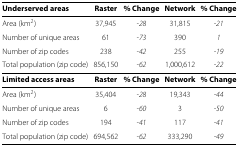
<table><thead><tr><td><b>Underserved areas</b></td><td><b>Raster</b></td><td><b>% Change</b></td><td><b>Network</b></td><td><b>% Change</b></td></tr></thead><tbody><tr><td>Area (km<sup>2</sup>)</td><td>37,945</td><td><i>-28</i></td><td>31,815</td><td><i>-21</i></td></tr><tr><td>Number of unique areas</td><td>61</td><td><i>-73</i></td><td>390</td><td><i>1</i></td></tr><tr><td>Number of zip codes</td><td>238</td><td><i>-42</i></td><td>255</td><td><i>-19</i></td></tr><tr><td>Total population (zip code)</td><td>856,150</td><td><i>-62</i></td><td>1,000,612</td><td><i>-22</i></td></tr><tr><td><b>Limited access areas</b></td><td><b>Raster</b></td><td><b>% Change</b></td><td><b>Network</b></td><td><b>% Change</b></td></tr><tr><td>Area (km<sup>2</sup>)</td><td>35,404</td><td><i>-28</i></td><td>19,343</td><td><i>-44</i></td></tr><tr><td>Number of unique areas</td><td>6</td><td><i>-60</i></td><td>3</td><td><i>-50</i></td></tr><tr><td>Number of zip codes</td><td>194</td><td><i>-41</i></td><td>117</td><td><i>-41</i></td></tr><tr><td>Total population (zip code)</td><td>694,562</td><td><i>-62</i></td><td>333,290</td><td><i>-49</i></td></tr></tbody></table>